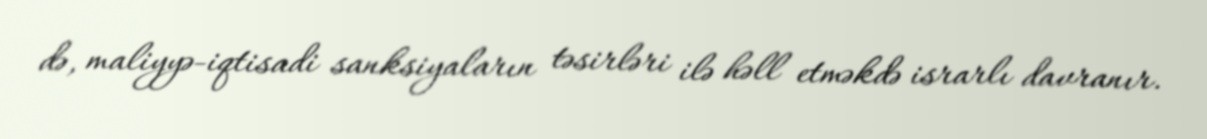
də, maliyyə-iqtisadi sanksiyaların təsirləri ilə həll etməkdə israrlı davranır.